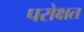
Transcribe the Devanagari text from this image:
परोक्षत